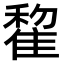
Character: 𨿯